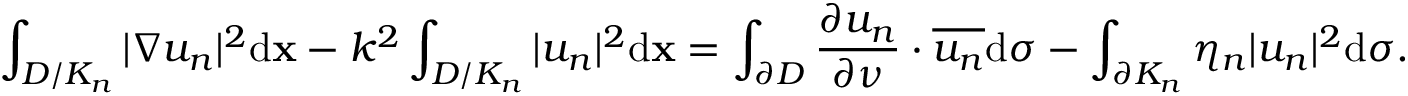
\int _ { D / { K _ { n } } } { | \nabla { u _ { n } } { | ^ { 2 } } \mathrm d \mathbf x - { k ^ { 2 } } } \int _ { D / { K _ { n } } } { | u _ { n } | ^ { 2 } } \mathrm d \mathbf x = \int _ { \partial D } { { \frac { \partial { u _ { n } } } { \partial \nu } } } \cdot \overline { { u _ { n } } } \mathrm d \sigma - \int _ { \partial { K _ { n } } } \eta _ { n } { | u _ { n } | ^ { 2 } } \mathrm d \sigma .